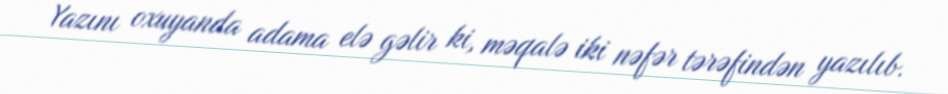
Yazını oxuyanda adama elə gəlir ki, məqalə iki nəfər tərəfindən yazılıb.